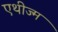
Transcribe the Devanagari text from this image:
एथीज्म